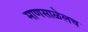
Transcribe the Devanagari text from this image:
माणसाळेलच